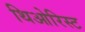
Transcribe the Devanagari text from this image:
थिओरिस्ट